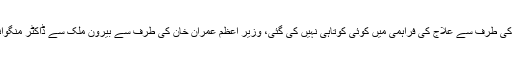
وزیر صحت ڈاکٹر یاسمین راشد کا کہنا تھا کہ حکومت کی طرف سے علاج کی فراہمی میں کوئی کوتاہی نہیں کی گئی، وزیر اعظم عمران خان کی طرف سے بیرون ملک سے ڈاکٹر منگوانے کی پیشکش بارے میں بھی ن لیگ کو آگاہ کردیا گیا۔